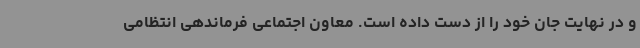
و در نهایت جان خود را از دست داده است. معاون اجتماعی فرماندهی انتظامی